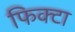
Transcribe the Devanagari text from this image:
फिक्टा